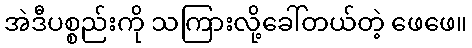
အဲဒီပစ္စည်းကို သကြားလို့ခေါ်တယ်တဲ့ ဖေဖေ။